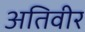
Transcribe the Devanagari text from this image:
अतिवीर